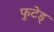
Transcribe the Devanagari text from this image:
फुटेड्